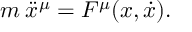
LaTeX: m \: \ddot { x } ^ { \mu } = F ^ { \mu } ( x , \dot { x } ) .